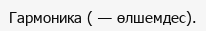
Гармоника ( — өлшемдес).